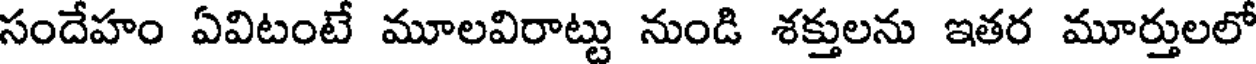
సందేహం ఏవిటంటే మూలవిరాట్టు నుండి శక్తులను ఇతర మూర్తులలో